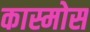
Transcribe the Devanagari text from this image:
कास्मोस